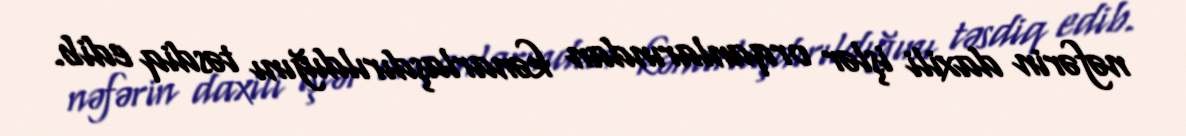
nəfərin daxili işlər orqanlarından kənarlaşdırıldığını təsdiq edib.